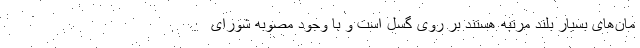
مان‌های بسیار بلند مرتبه هستند بر روی گسل است و با وجود مصوبه شورای